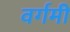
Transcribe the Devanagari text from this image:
वर्गमी